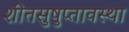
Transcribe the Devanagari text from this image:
शीतसुषुप्तावस्था